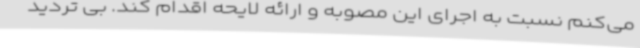
می‌کنم نسبت به اجرای این مصوبه و ارائه لایحه اقدام کند. بی تردید